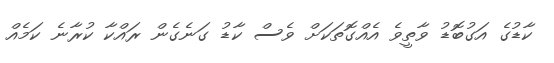
ކާޑުގެ އަގުބޮޑު ވާތީވެ އެއްގޮތަކަށް ވެސް ކާޑު ގަނެގެން ރައްކާ ކުރާނެ ކަމެއް